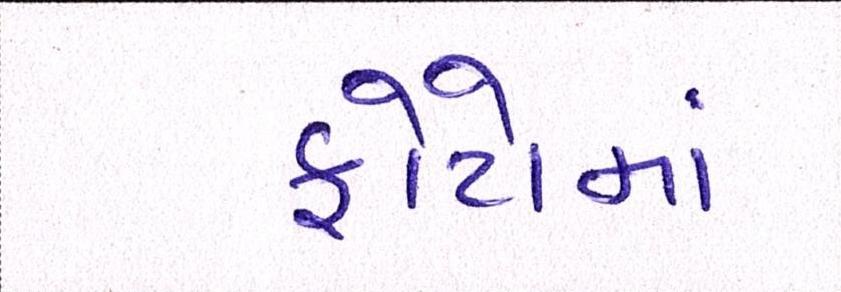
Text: ફોટોમાં